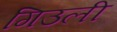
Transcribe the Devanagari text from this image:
गिउली